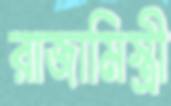
রাজামিস্ত্রী